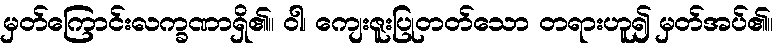
မှတ်ကြောင်းလက္ခဏာရှိ၏။ ဝါ၊ ကျေးဇူးပြုတတ်သော တရားဟူ၍ မှတ်အပ်၏။